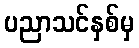
ပညာသင်နှစ်မှ